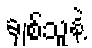
ချစ်သူနဲ့